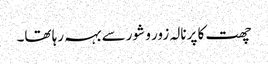
چھت کا پرنالہ زور و شور سے بہہ رہا تھا۔